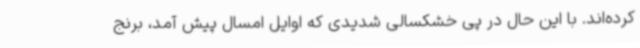
کرده‌اند. با این حال در پی خشکسالی شدیدی که اوایل امسال پیش آمد، برنج